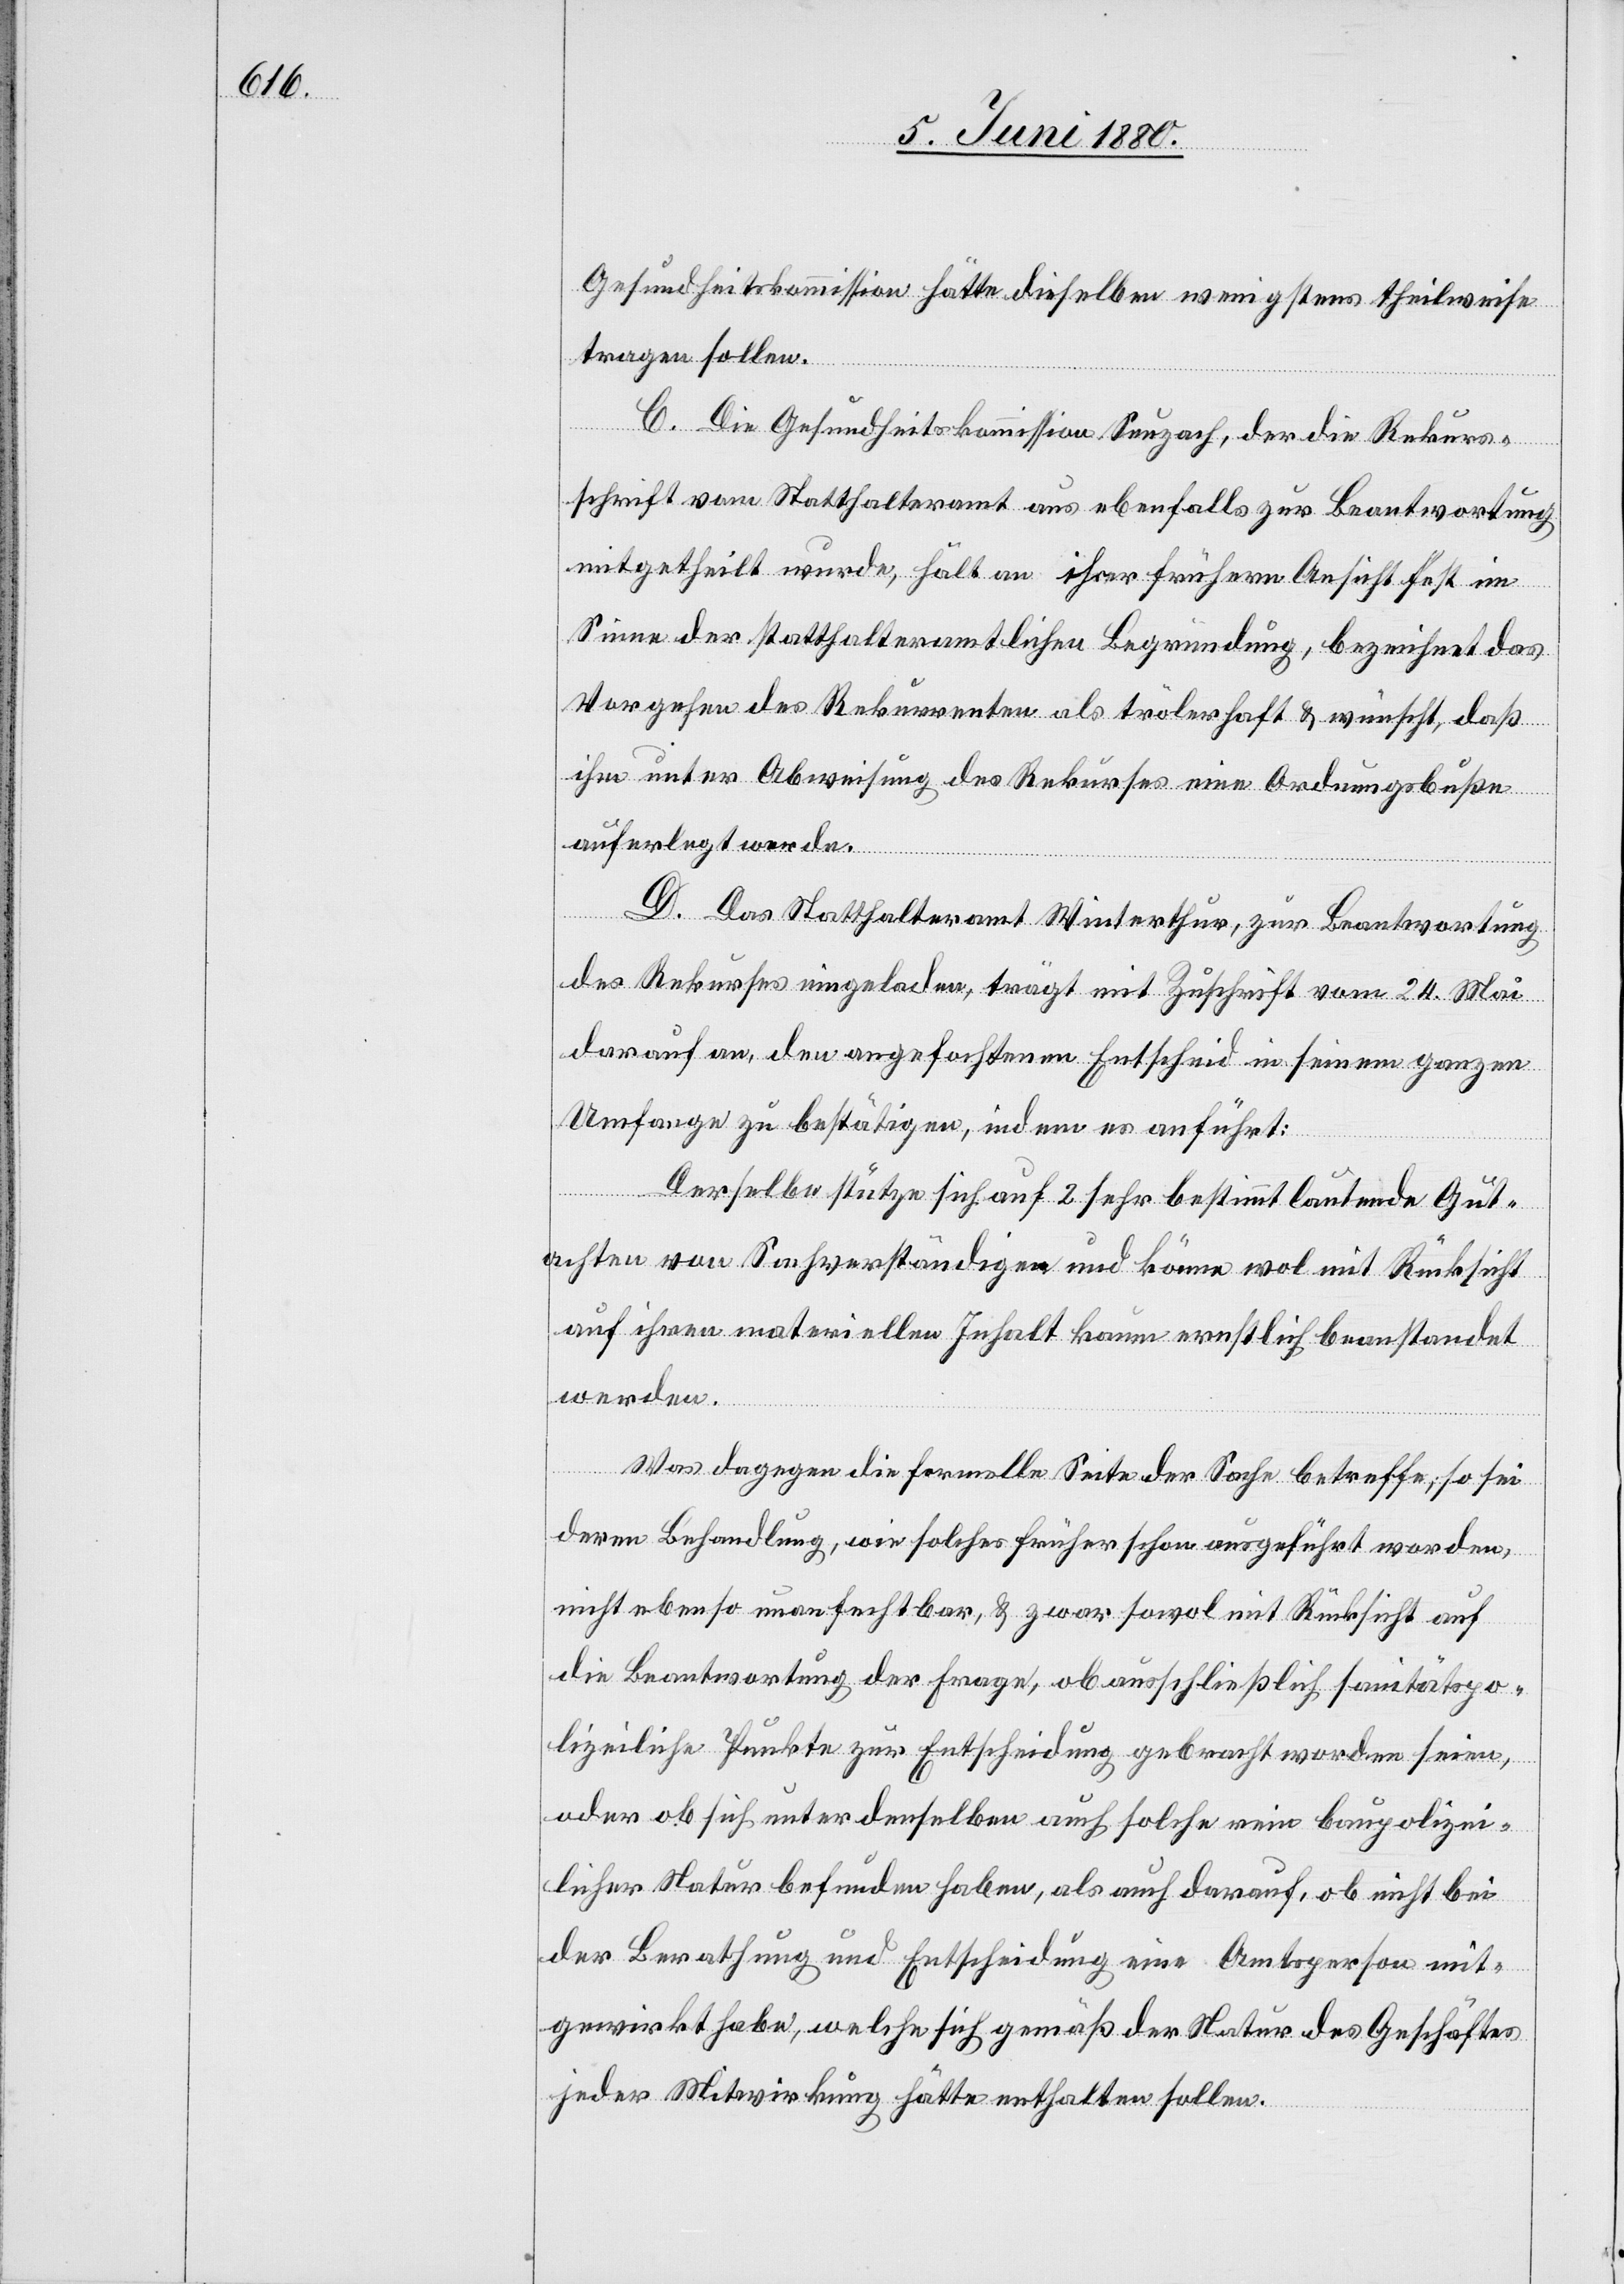
Gesundheitskommission hätte dieselben wenigstens theilweise
tragen sollen.
C. Die Gesundheitskommission Seuzach, der die Rekurs¬
schrift vom Statthalteramt aus ebenfalls zur Beantwortung
mitgetheilt wurde, hält an ihrer frühern Ansicht fest im
Sinne der statthalteramtlichen Begründung, bezeichnet das
Vorgehen des Rekurrenten als trölerhaft & wünscht, daß
ihm unter Abweisung des Rekurses eine Ordnungsbuße
auferlegt werde.
D. Das Statthalteramt Winterthur, zur Beantwortung
des Rekurses eingeladen, trägt mit Zuschrift vom 24. Mai
darauf an, den angefochtenen Entscheid in seinem ganzen
Umfange zu bestätigen, indem es anführt:
Derselbe stützte sich auf 2 sehr bestimmt lautende Gut¬
achten von Sachverständigen und könne wol mit Rücksicht
auf ihren materiellen Inhalt kaum ernstlich beanstandet
werden.
Was dagegen die formelle Seite der Sache betreffe, so sei
deren Behandlung, wie solches früher schon ausgeführt worden,
nicht ebenso unanfechtbar, & zwar sowol mit Rücksicht auf
die Beantwortung der Frage, ob ausschließlich sanitätspo¬
lizeiliche Punkte zur Entscheidung gebracht worden seien,
oder ob sich unter denselben auch solche rein baupolizei¬
licher Natur befunden haben, als auch darauf, ob nicht bei
der Berathung und Entscheidung eine Amtsperson mit¬
gewirkt habe, welche sich gemäß der Natur des Geschäftes
jeder Mitwirkung hätte enthalten sollen.